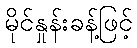
မိုင်နှုန်းခန့်ဖြင့်